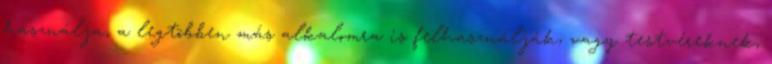
használja, a legtöbben más alkalomra is felhasználják, vagy testvéreknek,